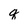
Character: q